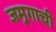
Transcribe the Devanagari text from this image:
जमुगाची